Annual administration report of the Civil Veterinary Department of India - 1895-1896
Year: 1895
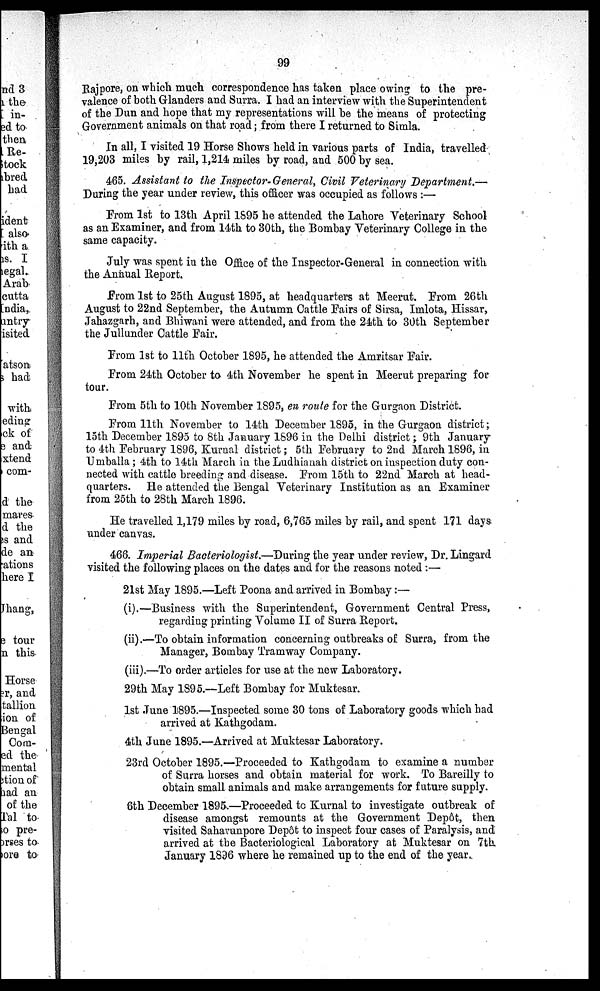
99
Rajpore, on which much correspondence has taken place owing to the pre-
valence of both Glanders and Surra. I had an interview with the Superintendent
of the Dun and hope that my representations will be the means of protecting
Government animals on that road; from there I returned to Simla.
In all, I visited 19 Horse Shows held in various parts of India, travelled
19,203 miles by rail, 1,214 miles by road, and 500 by sea.
465. Assistant to the Inspector- General, Civil Veterinary Department.—
During the year under review, this officer was occupied as follows :—
From 1st to 13th April 1895 he attended the Lahore Veterinary School
as an Examiner, and from 14th to 30th, the Bombay Veterinary College in the
same capacity.
July was spent in the Office of the Inspector-General in connection with
the Annual Report.
From 1st to 25th August 1895, at headquarters at Meerut. From 26th
August to 22nd September, the Autumn Cattle Fairs of Sirsa, Imlota, Hissar,
Jahazgarh, and Bhiwani were attended, and from the 24th to 30th September
the Jullunder Cattle Fair.
From 1st to 11th October 1895, he attended the Amritsar Fair.
From 24th October to 4th November he spent in Meerut preparing for
tour.
From 5th to 10th November 1895, en route for the Gurgaon District.
From 11th November to 14th December 1895, in the Gurgaon district;
15th December 1895 to 8th January 1896 in the Delhi district; 9th January
to 4th February 1896, Kurnal district; 5th February to 2nd March 1896, in
Umballa; 4th to 14th March in the Ludhianah district on inspection duty con-
nected with cattle breeding and disease. From 15th to 22nd March at head-
quarters. He attended the Bengal Veterinary Institution as an Examiner
from 25th to 28th March 1896.
He travelled 1,179 miles by road, 6,765 miles by rail, and spent 171 days
under canvas.
466. Imperial Bacteriologist.—During the year under review, Dr. Lingard
visited the following places on the dates and for the reasons noted :—
21st May 1895.—Left Poona and arrived in Bombay:—
(i).—Business with the Superintendent, Government Central Press,
regarding printing Volume II of Surra Report.
(ii).—To obtain information concerning outbreaks of Surra, from the
Manager, Bombay Tramway Company.
(iii).—To order articles for use at the new Laboratory.
29th May 1895.—Left Bombay for Muktesar.
1st June 1895.—Inspected some 30 tons of Laboratory goods which had
arrived at Kathgodam.
4th June 1895.—Arrived at Muktesar Laboratory.
23rd October 1895.—Proceeded to Kathgodam to examine a number
of Surra horses and obtain material for work. To Bareilly to
obtain small animals and make arrangements for future supply.
6th December 1895.—Proceeded to Kurnal to investigate outbreak of
disease amongst remounts at the Government Depôt, then
visited Saharunpore Depôt to inspect four cases of Paralysis, and
arrived at the Bacteriological Laboratory at Muktesar on 7th
January 1836 where he remained up to the end of the year.